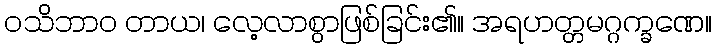
ဝသိဘာဝ တာယ၊ လေ့လာစွာဖြစ်ခြင်း၏။ အရဟတ္တမဂ္ဂက္ခဏေ။